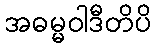
အဓမ္မဝါဒီတိပိ